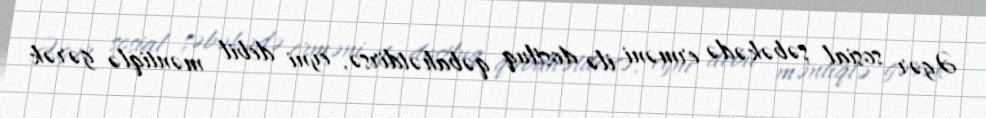
Əgər sosial şəbəkədə erməni ilə dostluq qəbahətdirsə, eyni debil məntiqlə gərək